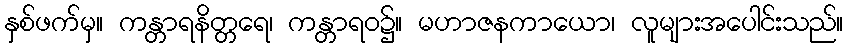
နှစ်ဖက်မှ။ ကန္တာရနိတ္တရေ၊ ကန္တာရဝ၌။ မဟာဇနကာယော၊ လူများအပေါင်းသည်။